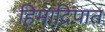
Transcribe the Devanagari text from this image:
हिमाद्रिपात